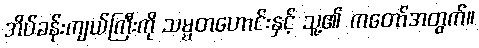
အိပ်ခန်းကျယ်ကြီးကို သမ္မတဟောင်းနှင့် သူ့၏ ကတော်အတွက်။